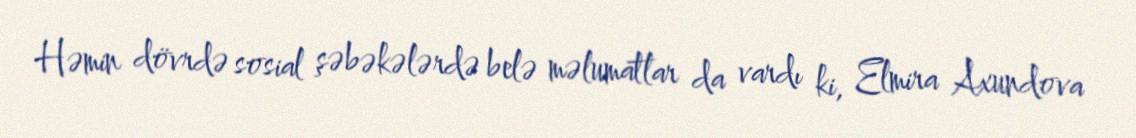
Həmin dövrdə sosial şəbəkələrdə belə məlumatlar da vardı ki, Elmira Axundova